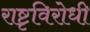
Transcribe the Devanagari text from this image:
राष्टृविरोधी